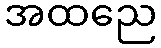
အထညေ